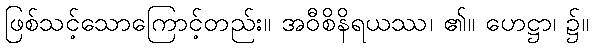
ဖြစ်သင့်သောကြောင့်တည်း။ အဝီစိနိရယဿ၊ ၏။ ဟေဋ္ဌာ၊ ၌။